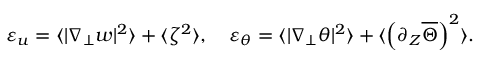
\varepsilon _ { u } = \langle | \nabla _ { \perp } w | ^ { 2 } \rangle + \langle \zeta ^ { 2 } \rangle , \quad \varepsilon _ { \theta } = \langle | \nabla _ { \perp } \theta | ^ { 2 } \rangle + \langle \left( \partial _ { Z } \overline { { \Theta } } \right) ^ { 2 } \rangle .